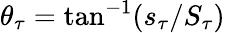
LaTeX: \theta_{\tau}=\tan^{-1}(s_{\tau}/S_{\tau})